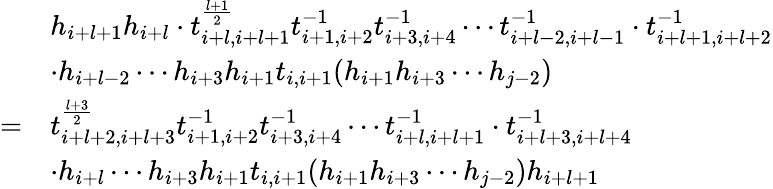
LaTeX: \begin{array}{rl}&{h_{i+l+1}h_{i+l}\cdot t_{i+l,i+l+1}^{\frac{l+1}{2}}t_{i+1,i+2}^{-1}t_{i+3,i+4}^{-1}\cdots t_{i+l-2,i+l-1}^{-1}\cdot t_{i+l+1,i+l+2}^{-1}}\\ &{\cdot h_{i+l-2}\cdots h_{i+3}h_{i+1}t_{i,i+1}(h_{i+1}h_{i+3}\cdots h_{j-2})}\\ {=}&{t_{i+l+2,i+l+3}^{\frac{l+3}{2}}t_{i+1,i+2}^{-1}t_{i+3,i+4}^{-1}\cdots t_{i+l,i+l+1}^{-1}\cdot t_{i+l+3,i+l+4}^{-1}}\\ &{\cdot h_{i+l}\cdots h_{i+3}h_{i+1}t_{i,i+1}(h_{i+1}h_{i+3}\cdots h_{j-2})h_{i+l+1}}\end{array}